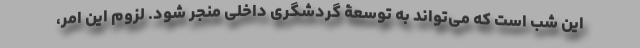
این شب است که می‌تواند به توسعۀ گردشگری داخلی منجر شود. لزوم این امر،